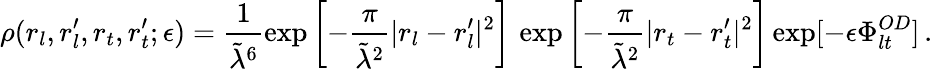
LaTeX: \rho(r_{l},r_{l}^{\prime},r_{t},r_{t}^{\prime};\epsilon)=\frac{1}{\tilde{\lambda}^{6}}\exp\left[-\frac{\pi}{\tilde{\lambda}^{2}}|r_{l}-r_{l}^{\prime}|^{2}\right]\, \exp\left[-\frac{\pi}{\tilde{\lambda}^{2}}|r_{t}-r_{t}^{\prime}|^{2}\right]\exp[-\epsilon\Phi_{lt}^{OD}]\, .